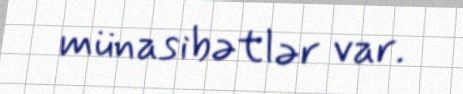
münasibətlər var.